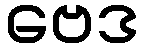
ဗေဒ